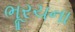
ભૂરચના